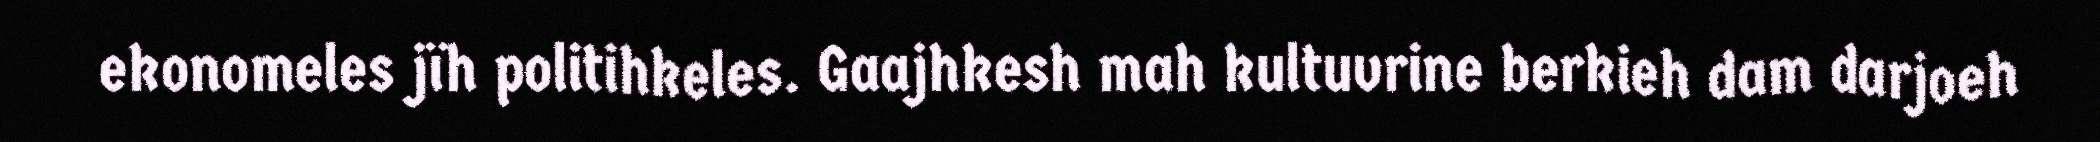
ekonomeles jïh politihkeles. Gaajhkesh mah kultuvrine berkieh dam darjoeh